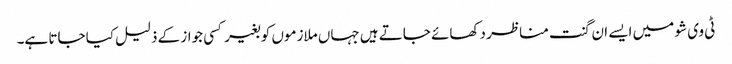
ٹی وی شو میں ایسے ان گنت مناظر دکھائے جاتے ہیں جہاں ملازموں کو بغیر کسی جواز کے ذلیل کیا جاتا ہے۔